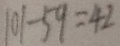
1 0 1 - 5 9 = 4 2